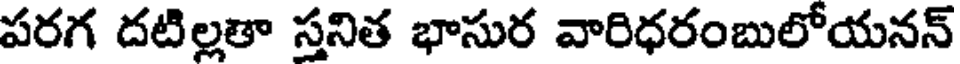
పరగ దటిల్లతా స్తనిత భాసుర వారిధరంబులోయనన్